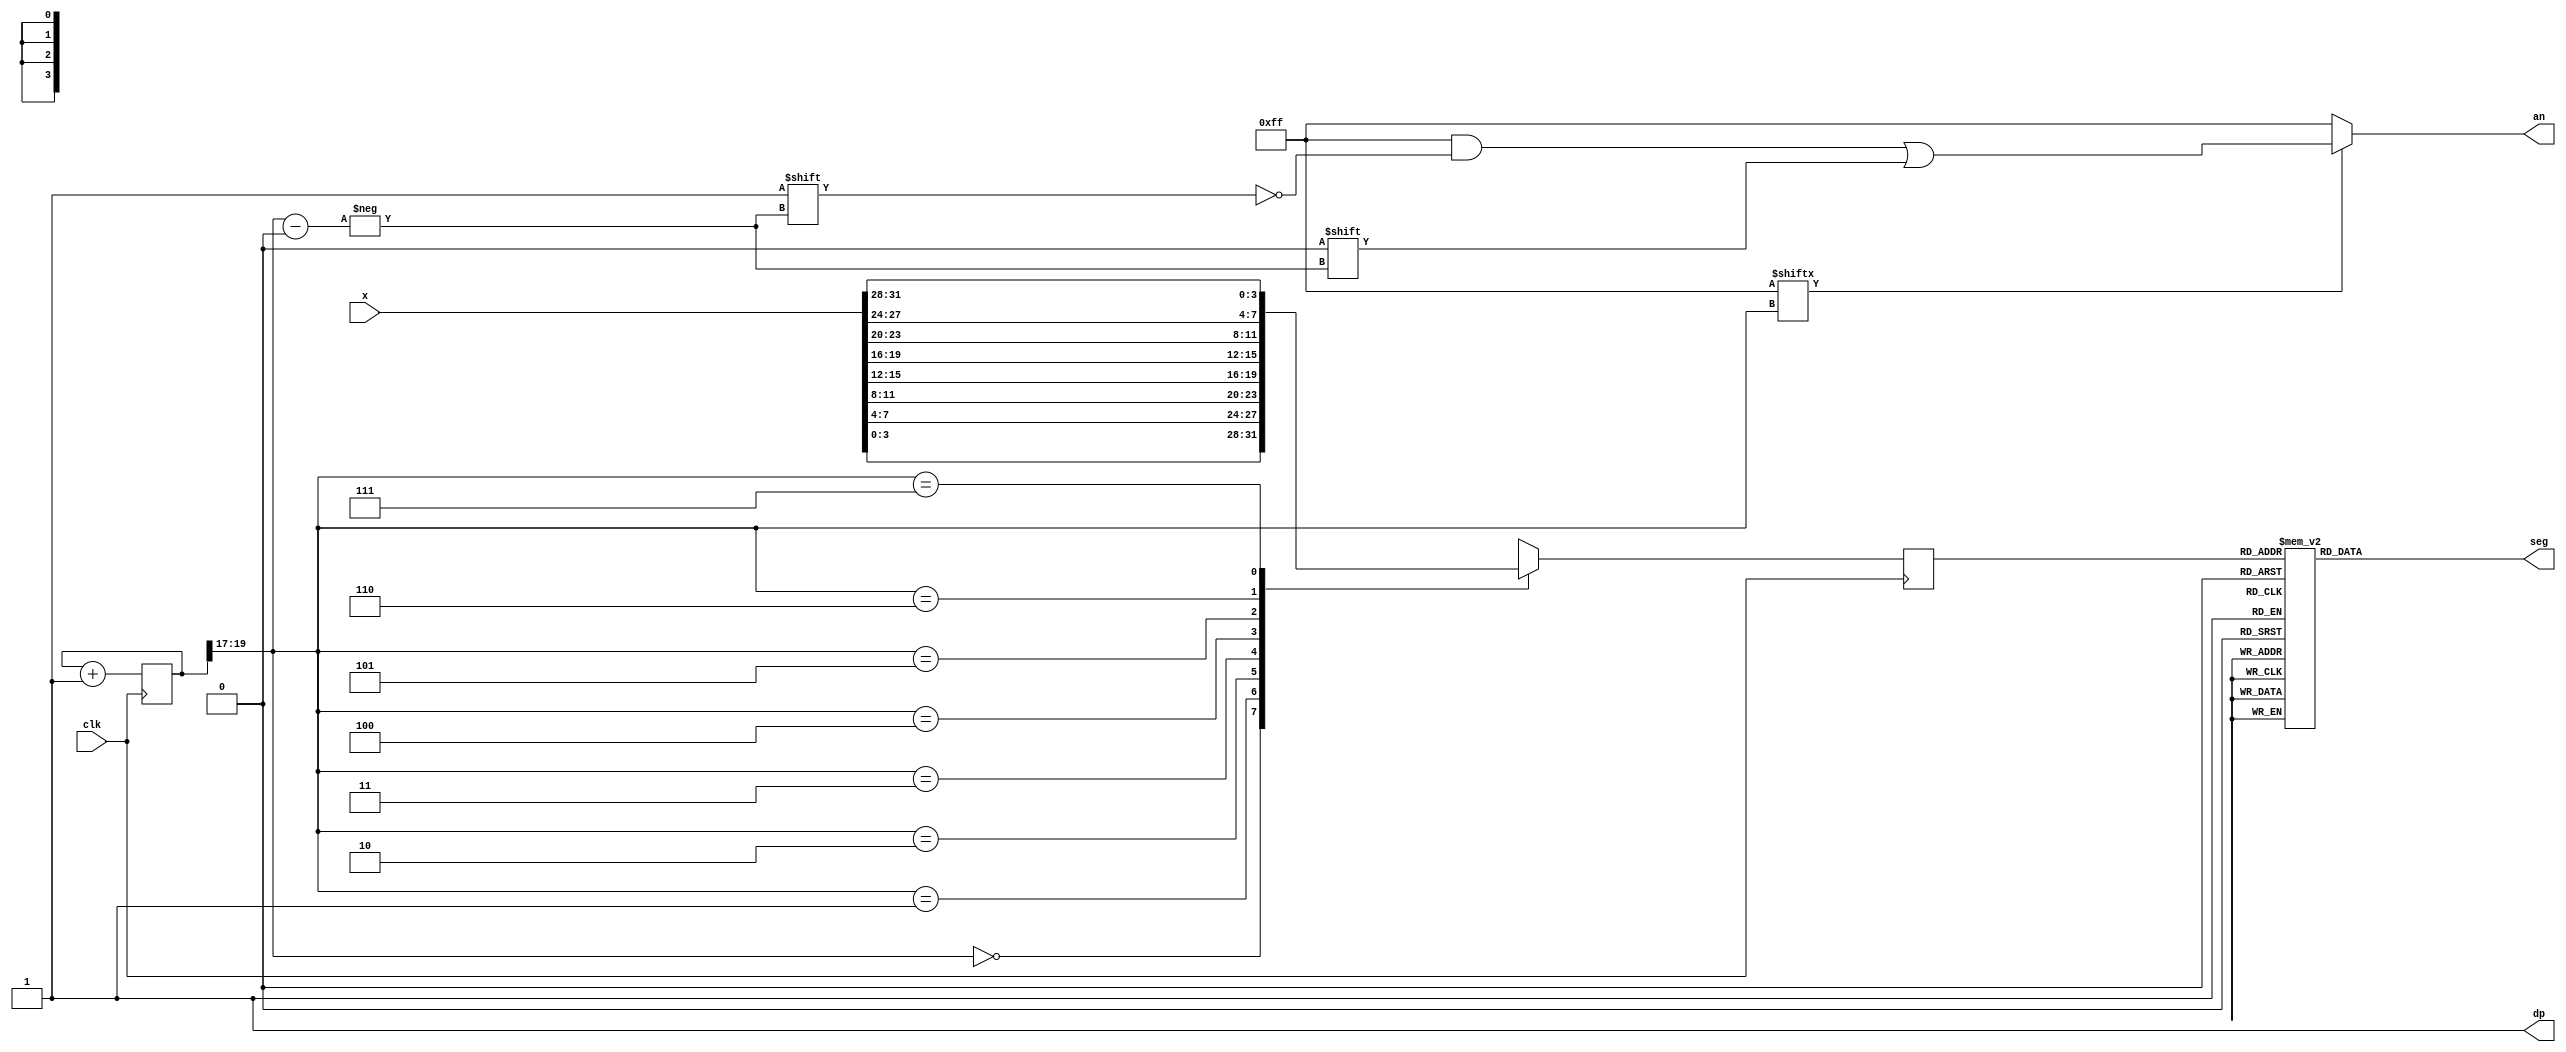
module seg7decimal(
	input [31:0] x,
    input clk,
    output reg [6:0] seg,
    output reg [7:0] an,
    output wire dp 
	 );
	 
	 
wire [2:0]  s;	 
reg  [3:0]  digit;
wire [7:0]  aen;
reg  [19:0] clkdiv;

assign dp = 1;
assign s = clkdiv[19:17];
assign aen = 8'b11111111; // all turned off initially

// quad 4to1 MUX.


always @(posedge clk)// or posedge clr)
	
	case(s)
	0:digit = x[3:0]; // s is 00 -->0 ;  digit gets assigned 4 bit value assigned to x[3:0]
	1:digit = x[7:4]; // s is 01 -->1 ;  digit gets assigned 4 bit value assigned to x[7:4]
	2:digit = x[11:8]; // s is 10 -->2 ;  digit gets assigned 4 bit value assigned to x[11:8
	3:digit = x[15:12]; // s is 11 -->3 ;  digit gets assigned 4 bit value assigned to x[15:12]
	4:digit = x[19:16]; // s is 00 -->0 ;  digit gets assigned 4 bit value assigned to x[3:0]
    5:digit = x[23:20]; // s is 01 -->1 ;  digit gets assigned 4 bit value assigned to x[7:4]
    6:digit = x[27:24]; // s is 10 -->2 ;  digit gets assigned 4 bit value assigned to x[11:8
    7:digit = x[31:28]; // s is 11 -->3 ;  digit gets assigned 4 bit value assigned to x[15:12]

	default:digit = x[3:0];
	
	endcase
	
	//decoder or truth-table for 7seg display values
	always @(*)

case(digit)


//////////<---MSB-LSB<---
//////////////gfedcba////////////////////////////////////////////           a
0:seg = 7'b1000000;////0000												   __					
1:seg = 7'b1111001;////0001												f/	  /b
2:seg = 7'b0100100;////0010												  g
//                                                                       __	
3:seg = 7'b0110000;////0011										 	 e /   /c
4:seg = 7'b0011001;////0100										       __
5:seg = 7'b0010010;////0101                                            d  
6:seg = 7'b0000010;////0110
7:seg = 7'b1111000;////0111
8:seg = 7'b0000000;////1000
9:seg = 7'b0010000;////1001
'hA:seg = 7'b0001000; 
'hB:seg = 7'b0000011; 
'hC:seg = 7'b1000110;
'hD:seg = 7'b0100001;
'hE:seg = 7'b0000110;
'hF:seg = 7'b0001110;

default: seg = 7'b0000000; // U

endcase


always @(*)begin
an=8'b11111111;
if(aen[s] == 1)
an[s] = 0;
end


//clkdiv

always @(posedge clk) begin
clkdiv <= clkdiv+1;
end


endmodule